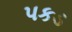
પકડ